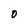
Character: O